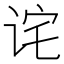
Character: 诧